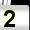
Digit: 2